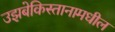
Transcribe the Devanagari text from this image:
उझबेकिस्तानामधील